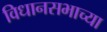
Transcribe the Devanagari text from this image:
विधानसभाच्या